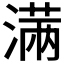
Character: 𣺏